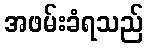
အဖမ်းခံရသည်